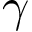
\gamma